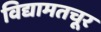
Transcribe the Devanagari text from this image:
विद्यामतचूर